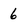
Character: 6